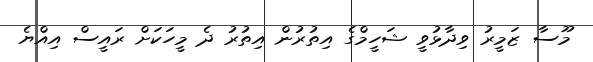
މޫސާ ޒަމީރު ވިދާޅުވީ ޝަހީމްގެ އިތުރުން އިތުރު ދެ މީހަކަށް ރައީސް އިއްޔެ